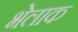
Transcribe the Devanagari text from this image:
भेलाक